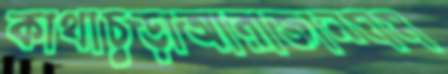
কাথাচুড়াআরাজানঘষ